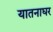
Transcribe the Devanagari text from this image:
यातनाघर